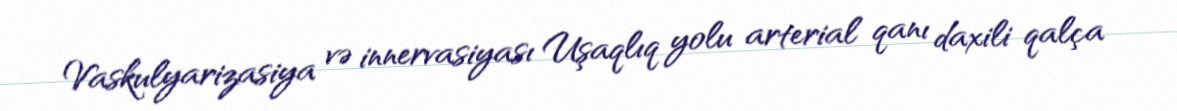
Vaskulyarizasiya və innervasiyası Uşaqlıq yolu arterial qanı daxili qalça